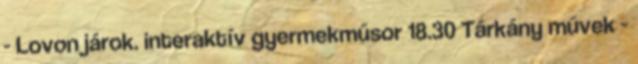
- Lovon járok. interaktív gyermekműsor 18.30 Tárkány művek -